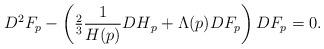
LaTeX: \begin{align*}D^2F_p - \left(\tfrac{2}{3} \frac{1}{H(p)}{DH}_p + \Lambda(p) DF_p\right)DF_p=0.\end{align*}